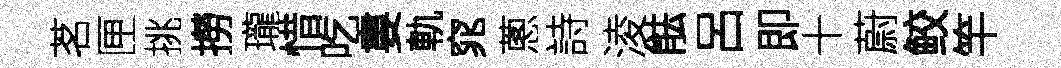
茗匣挑撈瓏惜吃婁軌窕蔥詩淩䏻呂即十蔚鲛竿